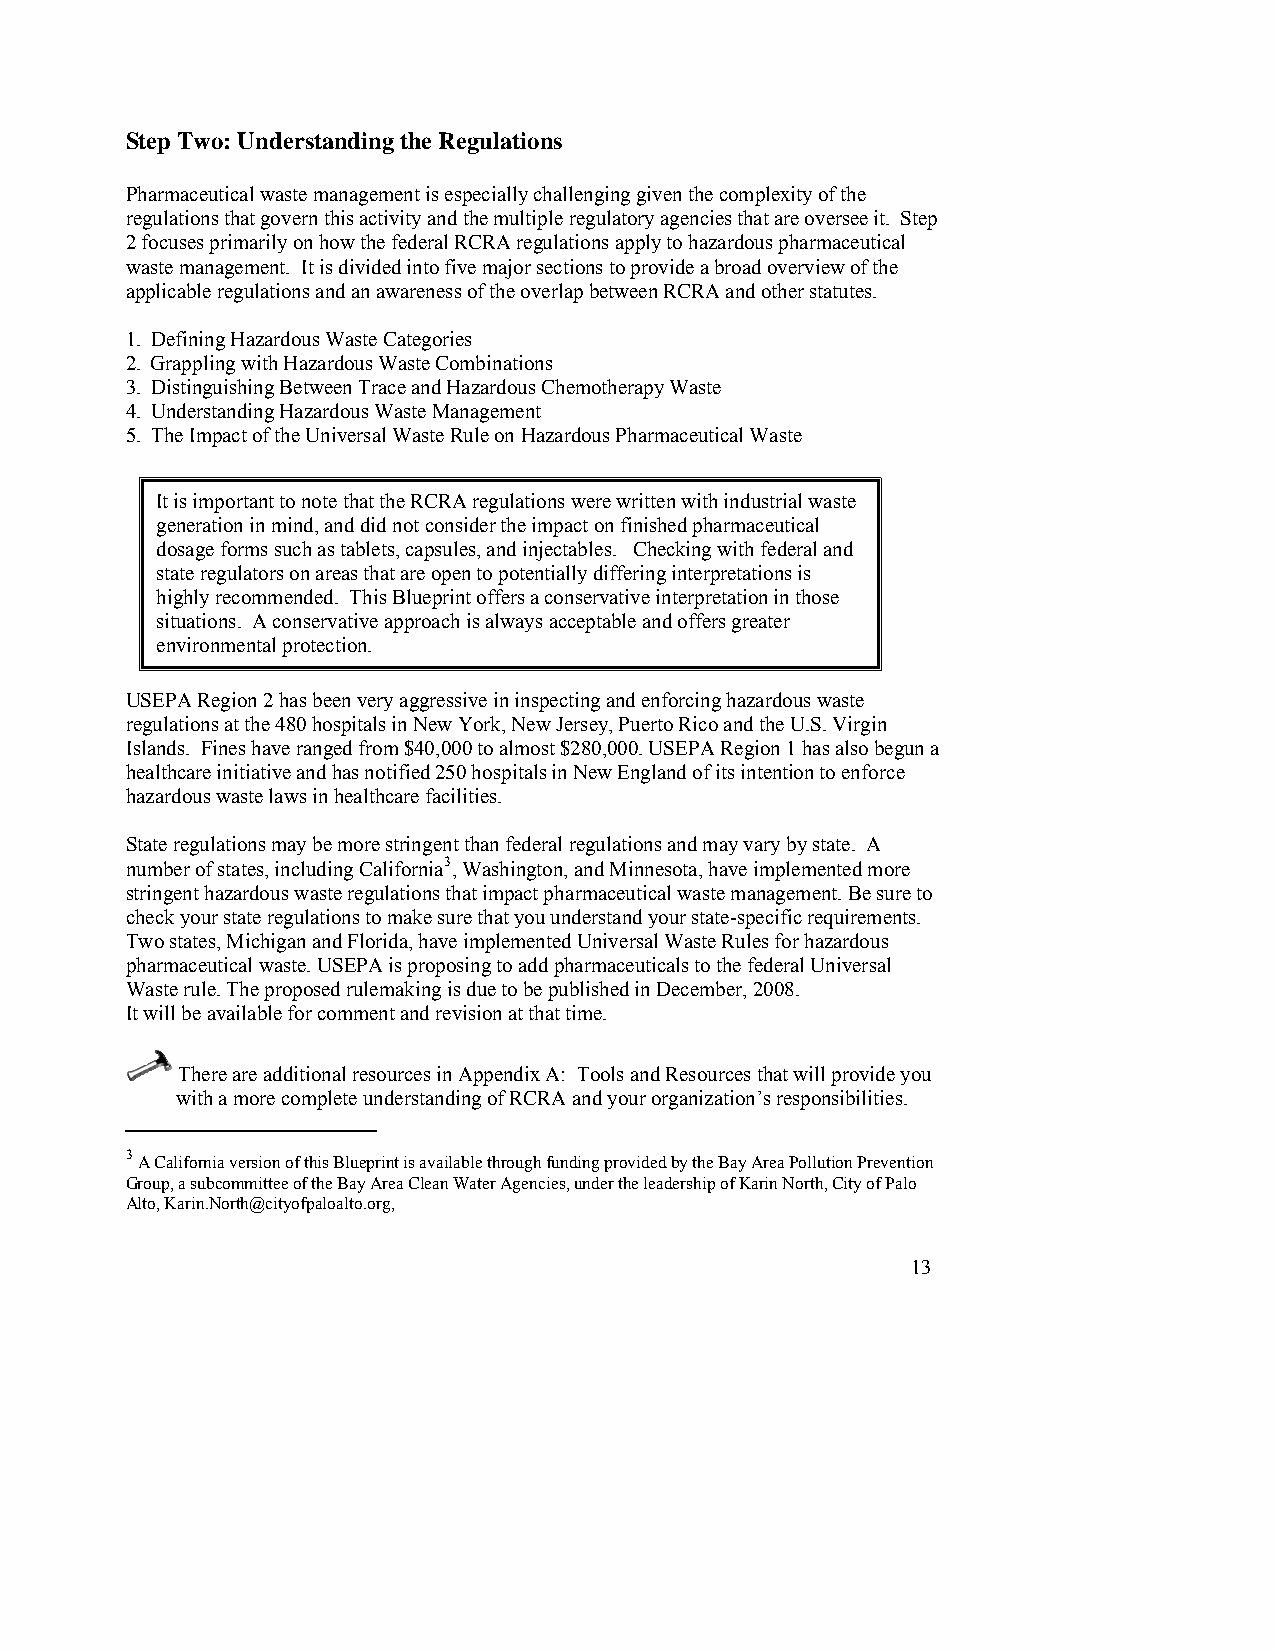
Step Two: Understanding the Regulations
 Pharmaceutical waste management is especially challenging given the complexity of the
 regulations that govern this activity and the multiple regulatory agencies that are oversee it. Step
 2 focuses primarily on how the federal RCRA regulations apply to hazardous pharmaceutical
 waste management. It is divided into five major sections to provide a broad overview of the
 applicable regulations and an awareness of the overlap between RCRA and other statutes.
 1. Defining Hazardous Waste Categories
 2. Grappling with Hazardous Waste Combinations
 3. Distinguishing Between Trace and Hazardous Chemotherapy Waste
 4. Understanding Hazardous Waste Management
 5. The Impact of the Universal Waste Rule on Hazardous Pharmaceutical Waste
 It is important to note that the RCRA regulations were written with industrial waste
 generation in mind, and did not consider the impact on finished pharmaceutical
 dosage forms such as tablets, capsules, and injectables. Checking with federal and
 state regulators on areas that are open to potentially differing interpretations is
 highly recommended. This Blueprint offers a conservative interpretation in those
 situations. A conservative approach is always acceptable and offers greater
 environmental protection.
 USEPA Region 2 has been very aggressive in inspecting and enforcing hazardous waste
 regulations at the 480 hospitals in New York, New Jersey, Puerto Rico and the U.S. Virgin
 Islands. Fines have ranged from $40,000 to almost $280,000. USEPA Region 1 has also begun a
 healthcare initiative and has notified 250 hospitals in New England of its intention to enforce
 hazardous waste laws in healthcare facilities.
 State regulations may be more stringent than federal regulations and may vary by state. A
 number of states, including California3, Washington, and Minnesota, have implemented more
 stringent hazardous waste regulations that impact pharmaceutical waste management. Be sure to
 check your state regulations to make sure that you understand your state-specific requirements.
 Two states, Michigan and Florida, have implemented Universal Waste Rules for hazardous
 pharmaceutical waste. USEPA is proposing to add pharmaceuticals to the federal Universal
 Waste rule. The proposed rulemaking is due to be published in December, 2008.
 It will be available for comment and revision at that time.
 There are additional resources in Appendix A: Tools and Resources that will provide you
 with a more complete understanding of RCRA and your organization’s responsibilities.
 3
 A California version of this Blueprint is available through funding provided by the Bay Area Pollution Prevention
 Group, a subcommittee of the Bay Area Clean Water Agencies, under the leadership of Karin North, City of Palo
 Alto, Karin.North@cityofpaloalto.org,
 13